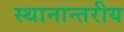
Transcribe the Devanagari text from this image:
स्थानान्तरीय